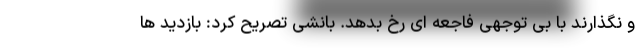
و نگذارند با بی توجهی فاجعه ای رخ بدهد. بانشی تصریح کرد: بازدید ها